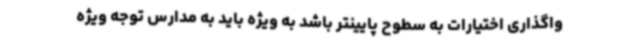
واگذاری اختیارات به سطوح پایینتر باشد به ویژه باید به مدارس توجه ویژه